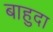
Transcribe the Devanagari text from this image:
बाहुदा